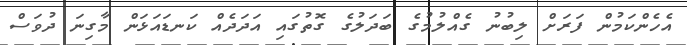
އެހެންކަމުން ފަަރަށް ލިބުނު ގެއްލުމުގެ ބަދަލުގެ ގޮތުގައި އަދަދެއް ކަނޑައަޅަން މާގިނަ ދުވަސް